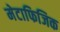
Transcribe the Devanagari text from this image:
मेटाफिजिक